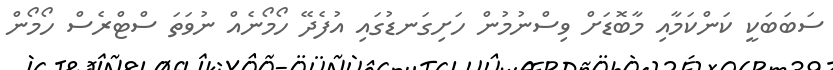
ސަބަބަކީ ކަންކަމާއި މާބޮޑަށް ވިސްނުމުން ހަށިގަނޑުގައި އުފެދޭ ހޯމޯނެއް ނުވަތަ ސްޓްރެސް ހޯމޯން